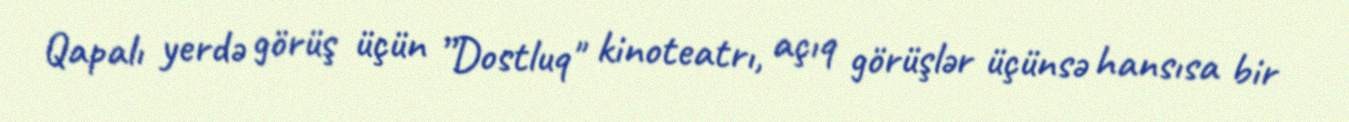
Qapalı yerdə görüş üçün ”Dostluq" kinoteatrı, açıq görüşlər üçünsə hansısa bir